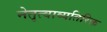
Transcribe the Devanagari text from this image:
नेतृत्वाव्यतिरिक्त